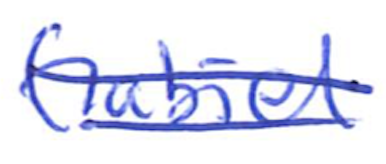
Text: Gabriel
Cross-out: double-line
Writing tool: ballpoint